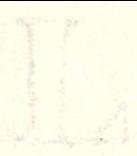
L